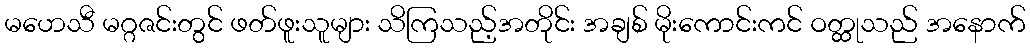
မဟေသီ မဂ္ဂဇင်းတွင် ဖတ်ဖူးသူများ သိကြသည့်အတိုင်း အချစ် မိုးကောင်းကင် ဝတ္ထုသည် အနောက်